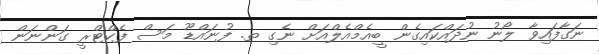
ނަގާފައިވާ ލޯނު ނުދައްކައިގެން ބީއެމްއެލްއަށް ނެގި ތ. ފުނައްޑޫ މަސް ފެކްޓްރީ ގަންނަން